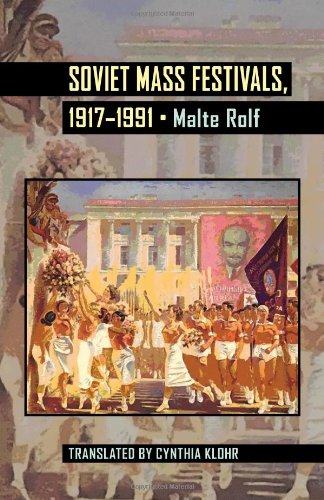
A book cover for Soviet Mass Festivals, 1917EE1991 (Pitt Russian East European); Malte Rolf; Politics & Social Sciences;